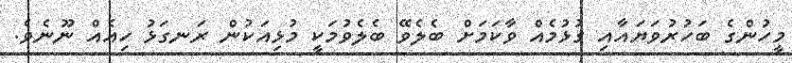
މީހުންގެ ބަހުރުވަޔައާއި ގުޅުމެއް ވާކަމަށް ބެލެވޭ ބެލެވުމަކީ މުޅިއަކުން ރަނގަޅު ހިއެއް ނޫނެވެ.